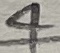
Text: 4